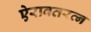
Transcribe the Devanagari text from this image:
ऐरावतरत्न